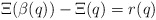
\begin{align*}\Xi(\beta(q))-\Xi(q)=r(q)\end{align*}